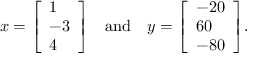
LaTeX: x = { \left[ \begin{array} { l } { 1 } \\ { - 3 } \\ { 4 } \end{array} \right] } \quad { \mathrm { a n d } } \quad y = { \left[ \begin{array} { l } { - 2 0 } \\ { 6 0 } \\ { - 8 0 } \end{array} \right] } .